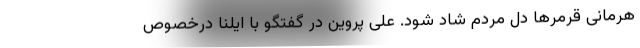
هرمانی قرمرها دل مردم شاد شود. علی پروین در گفتگو با ایلنا درخصوص